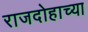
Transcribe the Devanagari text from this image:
राजदोहाच्या